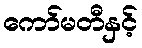
ကော်မတီနှင့်